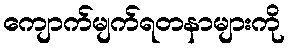
ကျောက်မျက်ရတနာများကို